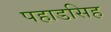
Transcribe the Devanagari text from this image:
पहाडसिह